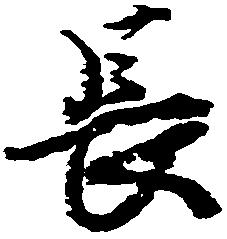
長